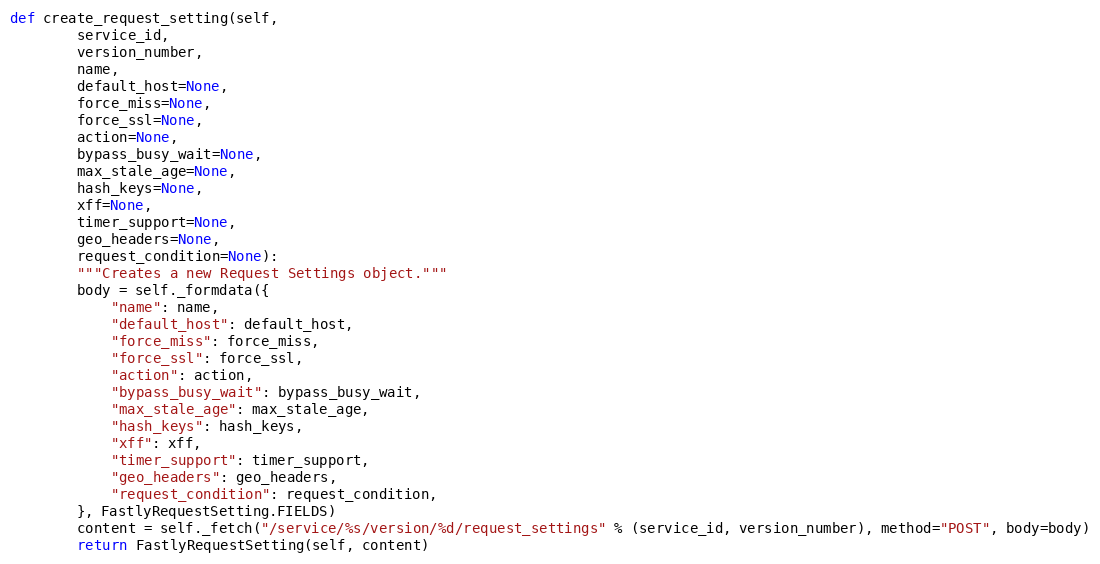
Language: Python
def create_request_setting(self,
		service_id,
		version_number,
		name,
		default_host=None,
		force_miss=None,
		force_ssl=None,
		action=None,
		bypass_busy_wait=None,
		max_stale_age=None,
		hash_keys=None,
		xff=None,
		timer_support=None,
		geo_headers=None,
		request_condition=None):
		"""Creates a new Request Settings object."""
		body = self._formdata({
			"name": name,
			"default_host": default_host,
			"force_miss": force_miss,
			"force_ssl": force_ssl,
			"action": action,
			"bypass_busy_wait": bypass_busy_wait,
			"max_stale_age": max_stale_age,
			"hash_keys": hash_keys,
			"xff": xff,
			"timer_support": timer_support,
			"geo_headers": geo_headers,
			"request_condition": request_condition,
		}, FastlyRequestSetting.FIELDS)
		content = self._fetch("/service/%s/version/%d/request_settings" % (service_id, version_number), method="POST", body=body)
		return FastlyRequestSetting(self, content)